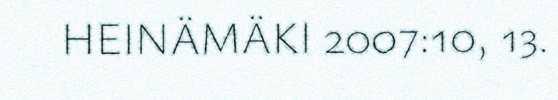
HEINÄMÄKI 2007:10, 13.